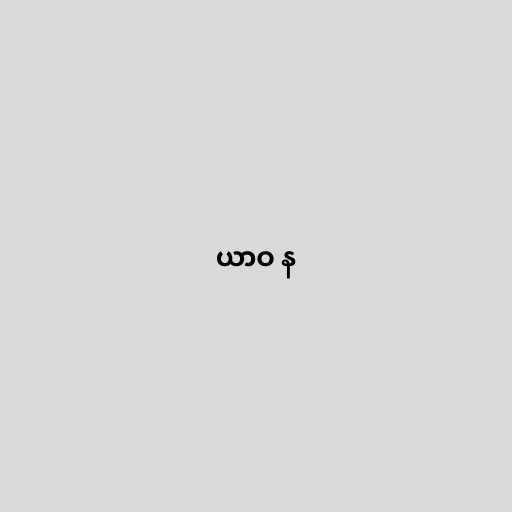
ယာဝ န